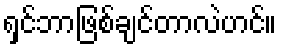
ရှင်ဘာဖြစ်ချင်တာလဲဟင်။